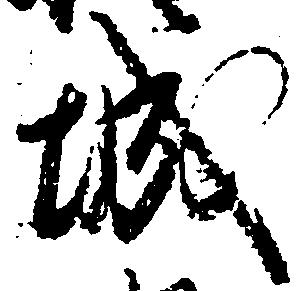
城